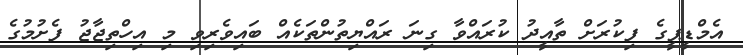
އެމްޑީޕީގެ ފިކުރަށް ތާއީދު ކުރައްވާ ގިނަ ރައްޔިތުންތަކެއް ބައިވެރިވި މި އިހްތިޖާޖު ފެށުމުގެ